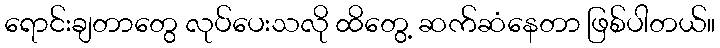
ရောင်းချတာတွေ လုပ်ပေးသလို ထိတွေ့ ဆက်ဆံနေတာ ဖြစ်ပါတယ်။